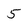
Character: 5